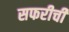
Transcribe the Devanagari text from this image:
सफरीची